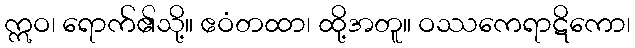
ဣဝ၊ ရောက်၏သို့။ ဧဝံတထာ၊ ထို့အတူ။ ဝဿကေရာဋိကော၊